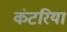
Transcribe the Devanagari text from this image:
कंटरिया